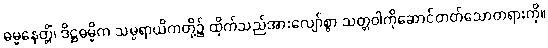
ဓမ္မနေတ္တိံ၊ ဒိဋ္ဌဓမ္မိက သမ္ပရာယိကတို့၌ ထိုက်သည်အားလျော်စွာ သတ္တဝါကိုဆောင်တတ်သောတရားကို။